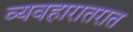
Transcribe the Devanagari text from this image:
व्यवहारातरात